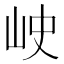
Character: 𡶈